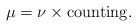
LaTeX: \begin{align*}\mu= \nu \times \mbox{counting}.\end{align*}